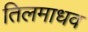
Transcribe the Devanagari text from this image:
तिलमाधव